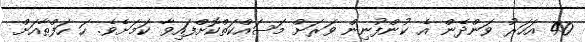
40 އަހަރު ވަންދެން އެ ކުންފުނިން ވަރަށް މަސައްކަތްކޮށްފައިވާ ކަމަށެވެ. ހަ ހަފްތާއަށް